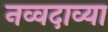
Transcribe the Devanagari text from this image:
नव्वदाव्या